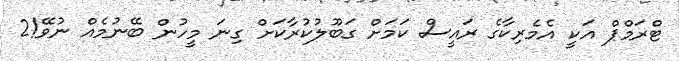
ޓްރަމްޕް އަކީ އެމެރިކާގެ ރައީސް ކަަމަށް ގަބޫލުކުރާކަށް ގިނަ މީހުން ބޭނުމެއް ނުވޭ!2